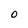
Character: 0